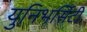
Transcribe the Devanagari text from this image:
युनिभर्सिटी